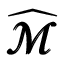
{ \widehat { \pmb { \mathscr { M } } } }